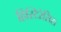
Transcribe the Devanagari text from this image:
हिस्टिरेसिस